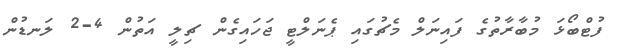
ފުޓްބޯޅަ މުބާރާތުގެ ފައިނަލް މެޗުގައި ޕެނަލްޓީ ޖަހައިގެން ޗިލީ އަތުން 4-2 ލަނޑުން